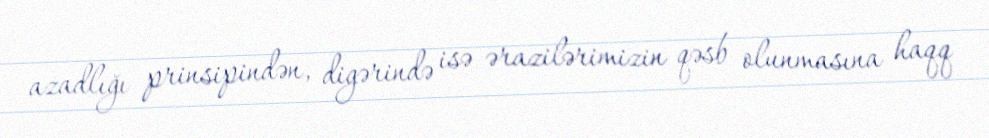
azadlığı prinsipindən, digərində isə ərazilərimizin qəsb olunmasına haqq